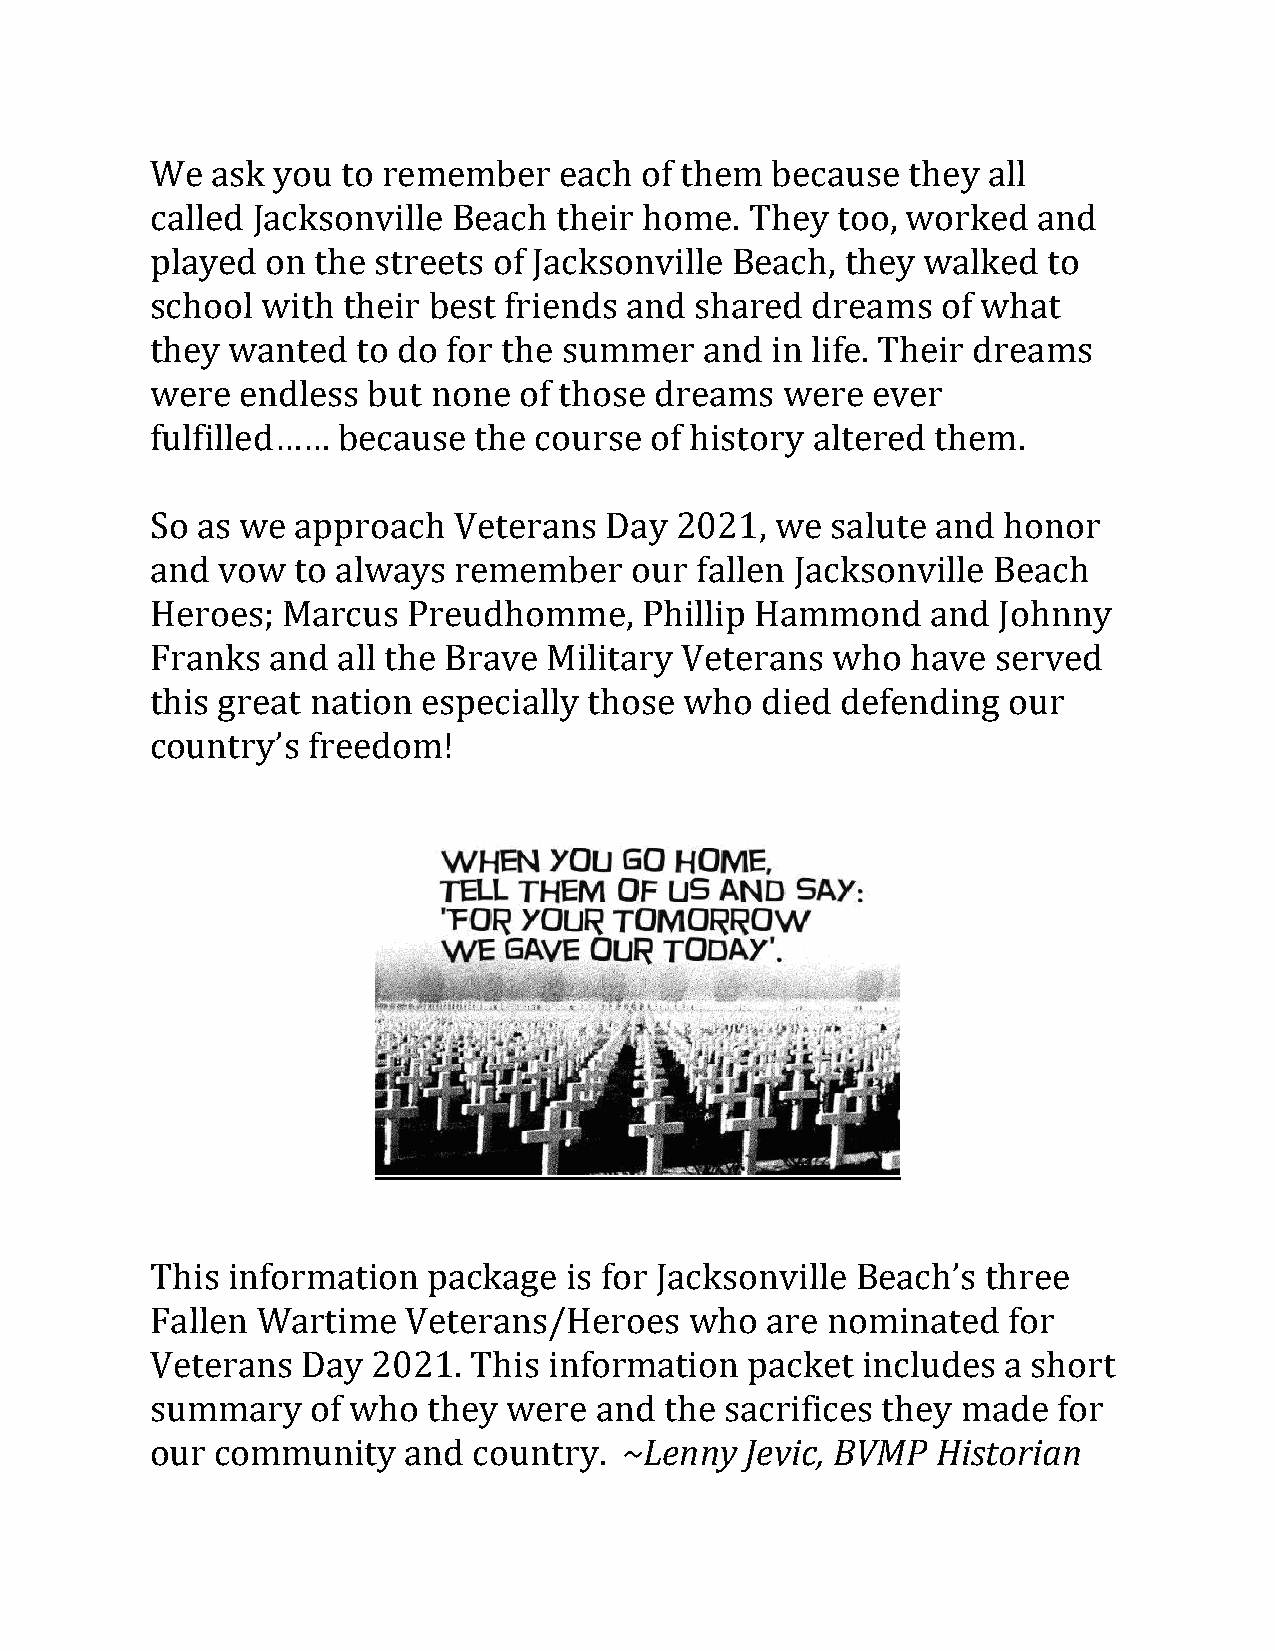
We  ask you  to remember   each of them  because  they all
 called Jacksonville Beach  their home.  They too, worked   and
 played  on the streets of Jacksonville Beach, they walked  to
 school with  their best friends and shared  dreams  of what
 they wanted   to do for the summer   and in life. Their dreams
 were  endless but  none of those dreams   were  ever
 fulfilled…… because  the course  of history altered them.
 So as we  approach  Veterans  Day  2021, we  salute and honor
 and vow   to always remember    our fallen Jacksonville Beach
 Heroes;  Marcus  Preudhomme,    Phillip Hammond     and Johnny
 Franks  and all the Brave Military Veterans  who  have  served
 this great nation especially those who  died  defending  our
 country’s freedom!
 This information  package  is for Jacksonville Beach’s three
 Fallen Wartime   Veterans/Heroes    who  are nominated   for
 Veterans  Day  2021. This information   packet includes  a short
 summary    of who they  were and  the sacrifices they made  for
 our community    and country.  ~Lenny  Jevic, BVMP  Historian